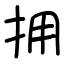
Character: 拥